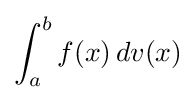
\int _{a}^{b}f(x)\,dv(x)